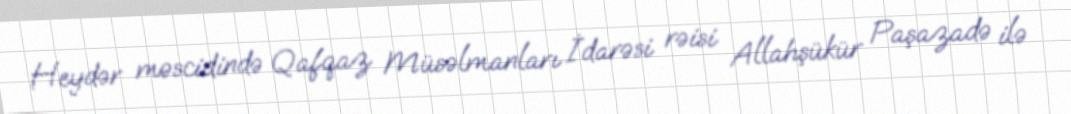
Heydər məscidində Qafqaz Müsəlmanları İdarəsi rəisi Allahşükür Paşazadə ilə